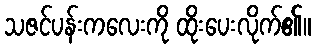
သဇင်ပန်းကလေးကို ထိုးပေးလိုက်၏။